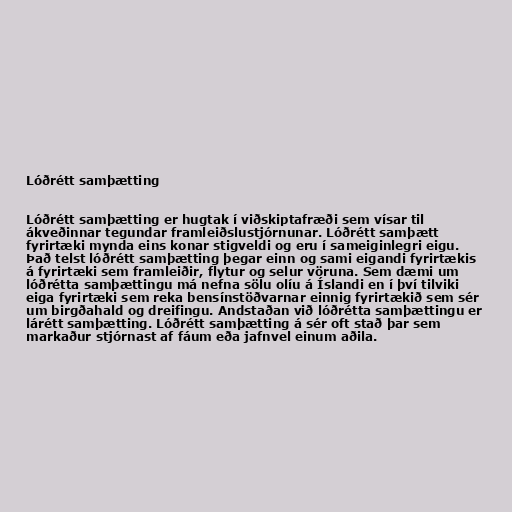
Lóðrétt samþætting

Lóðrétt samþætting er hugtak í viðskiptafræði sem vísar til
ákveðinnar tegundar framleiðslustjórnunar. Lóðrétt samþætt
fyrirtæki mynda eins konar stigveldi og eru í sameiginlegri eigu.
Það telst lóðrétt samþætting þegar einn og sami eigandi fyrirtækis
á fyrirtæki sem framleiðir, flytur og selur vöruna. Sem dæmi um
lóðrétta samþættingu má nefna sölu olíu á Íslandi en í því tilviki
eiga fyrirtæki sem reka bensínstöðvarnar einnig fyrirtækið sem sér
um birgðahald og dreifingu. Andstaðan við lóðrétta samþættingu er
lárétt samþætting. Lóðrétt samþætting á sér oft stað þar sem
markaður stjórnast af fáum eða jafnvel einum aðila.